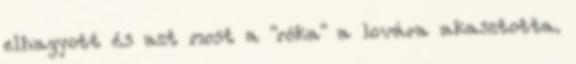
elhagyott és azt most a "róka" a lovára akasztotta.